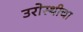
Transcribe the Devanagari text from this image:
उरोस्थीचा